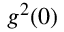
g ^ { 2 } ( 0 )